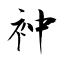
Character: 衶